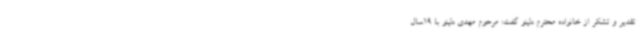
تقدیر و تشکر از خانواده محترم دلینو گفت: مرحوم مهدی دلینو با 19سال